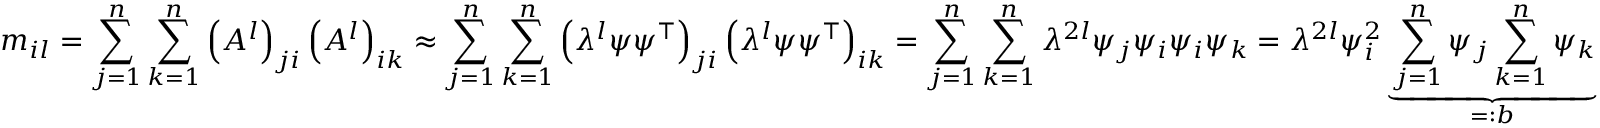
m _ { i l } = \sum _ { j = 1 } ^ { n } \sum _ { k = 1 } ^ { n } \left( A ^ { l } \right) _ { j i } \left( A ^ { l } \right) _ { i k } \approx \sum _ { j = 1 } ^ { n } \sum _ { k = 1 } ^ { n } \left( \lambda ^ { l } \psi \psi ^ { \top } \right) _ { j i } \left( \lambda ^ { l } \psi \psi ^ { \top } \right) _ { i k } = \sum _ { j = 1 } ^ { n } \sum _ { k = 1 } ^ { n } \lambda ^ { 2 l } \psi _ { j } \psi _ { i } \psi _ { i } \psi _ { k } = \lambda ^ { 2 l } \psi _ { i } ^ { 2 } \underbrace { \sum _ { j = 1 } ^ { n } \psi _ { j } \sum _ { k = 1 } ^ { n } \psi _ { k } } _ { = : b }